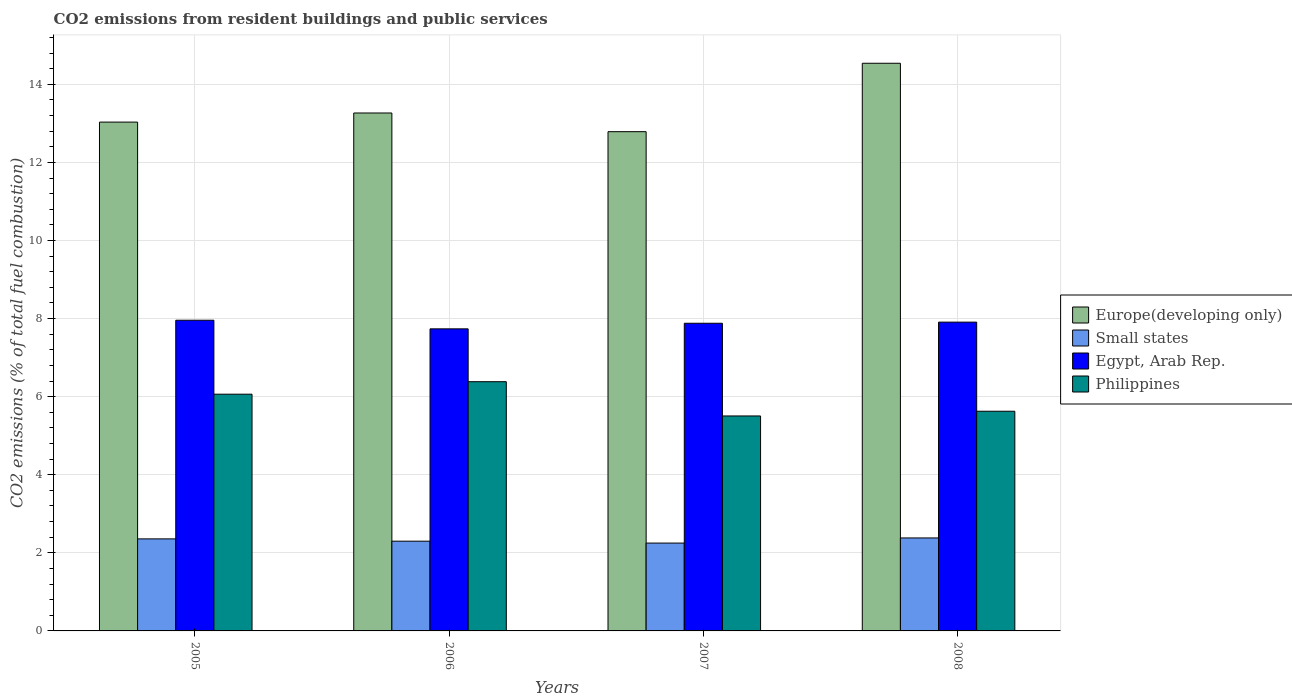
| Years | Europe(developing only) | Small states | Egypt, Arab Rep. | Philippines |
 | --- | --- | --- | --- | --- |
 | 2005 | 13 | 2.36 | 7.96 | 6.06 |
 | 2006 | 13.3 | 2.3 | 7.74 | 6.38 |
 | 2007 | 12.8 | 2.25 | 7.88 | 5.51 |
 | 2008 | 14.5 | 2.38 | 7.91 | 5.63 |